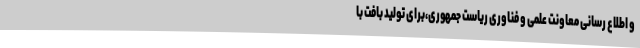
و اطلاع رسانی معاونت علمی و فناوری ریاست جمهوری،برای تولید بافت با